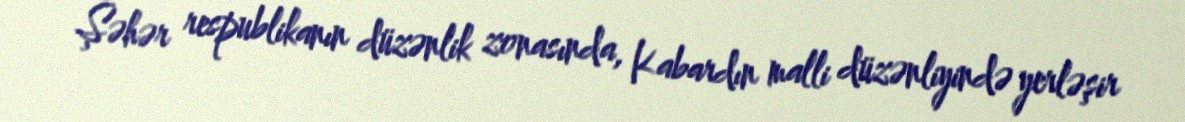
Şəhər respublikanın düzənlik zonasında, Kabardın malli düzənliyində yerləşir